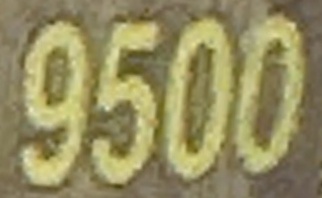
9500